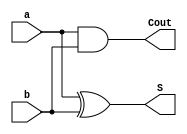
module half_adder(input a, b, output S, Cout);
  assign S = a ^ b;
  assign Cout = a & b;
endmodule